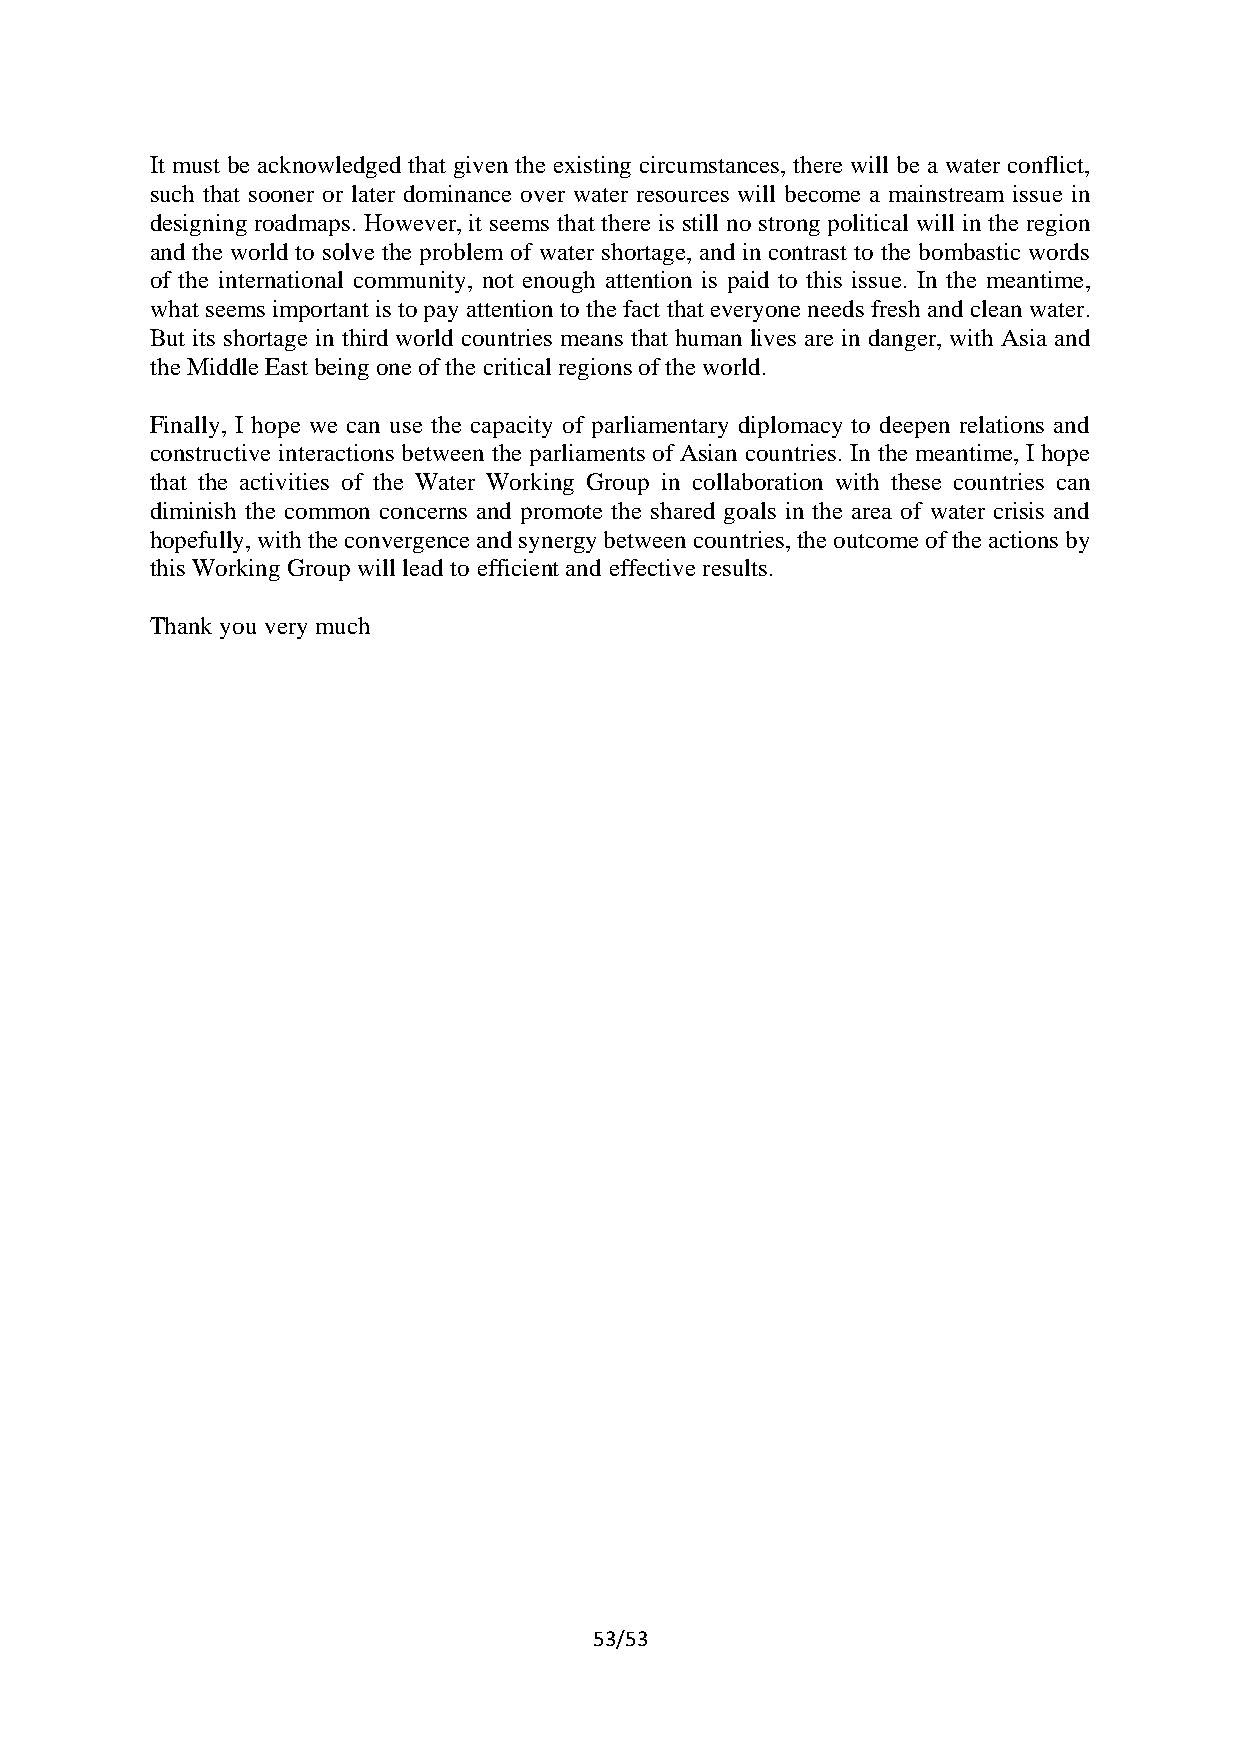
It must be acknowledged that given the existing circumstances, there will be a water conflict,
 such that sooner or later dominance over water resources will become a mainstream issue in
 designing roadmaps. However, it seems that there is still no strong political will in the region
 and the world to solve the problem of water shortage, and in contrast to the bombastic words
 of the international community, not enough attention is paid to this issue. In the meantime,
 what seems important is to pay attention to the fact that everyone needs fresh and clean water.
 But its shortage in third world countries means that human lives are in danger, with Asia and
 the Middle East being one of the critical regions of the world.
 Finally, I hope we can use the capacity of parliamentary diplomacy to deepen relations and
 constructive interactions between the parliaments of Asian countries. In the meantime, I hope
 that the activities of the Water Working Group in collaboration with these countries can
 diminish the common concerns and promote the shared goals in the area of water crisis and
 hopefully, with the convergence and synergy between countries, the outcome of the actions by
 this Working Group will lead to efficient and effective results.
 Thank you very much
 53/53